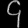
Digit: ၄